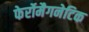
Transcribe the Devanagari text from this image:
फेर्रोमैगनेटिक